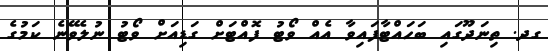
ގދ. ތިނަދޫގައި ބަހައްޓާފައިވާ އެއް ވޯޓު ފޮއްޓަށް ގަޑިއަށް ވޯޓު ނުލެވޭނެ ކަމުގެ